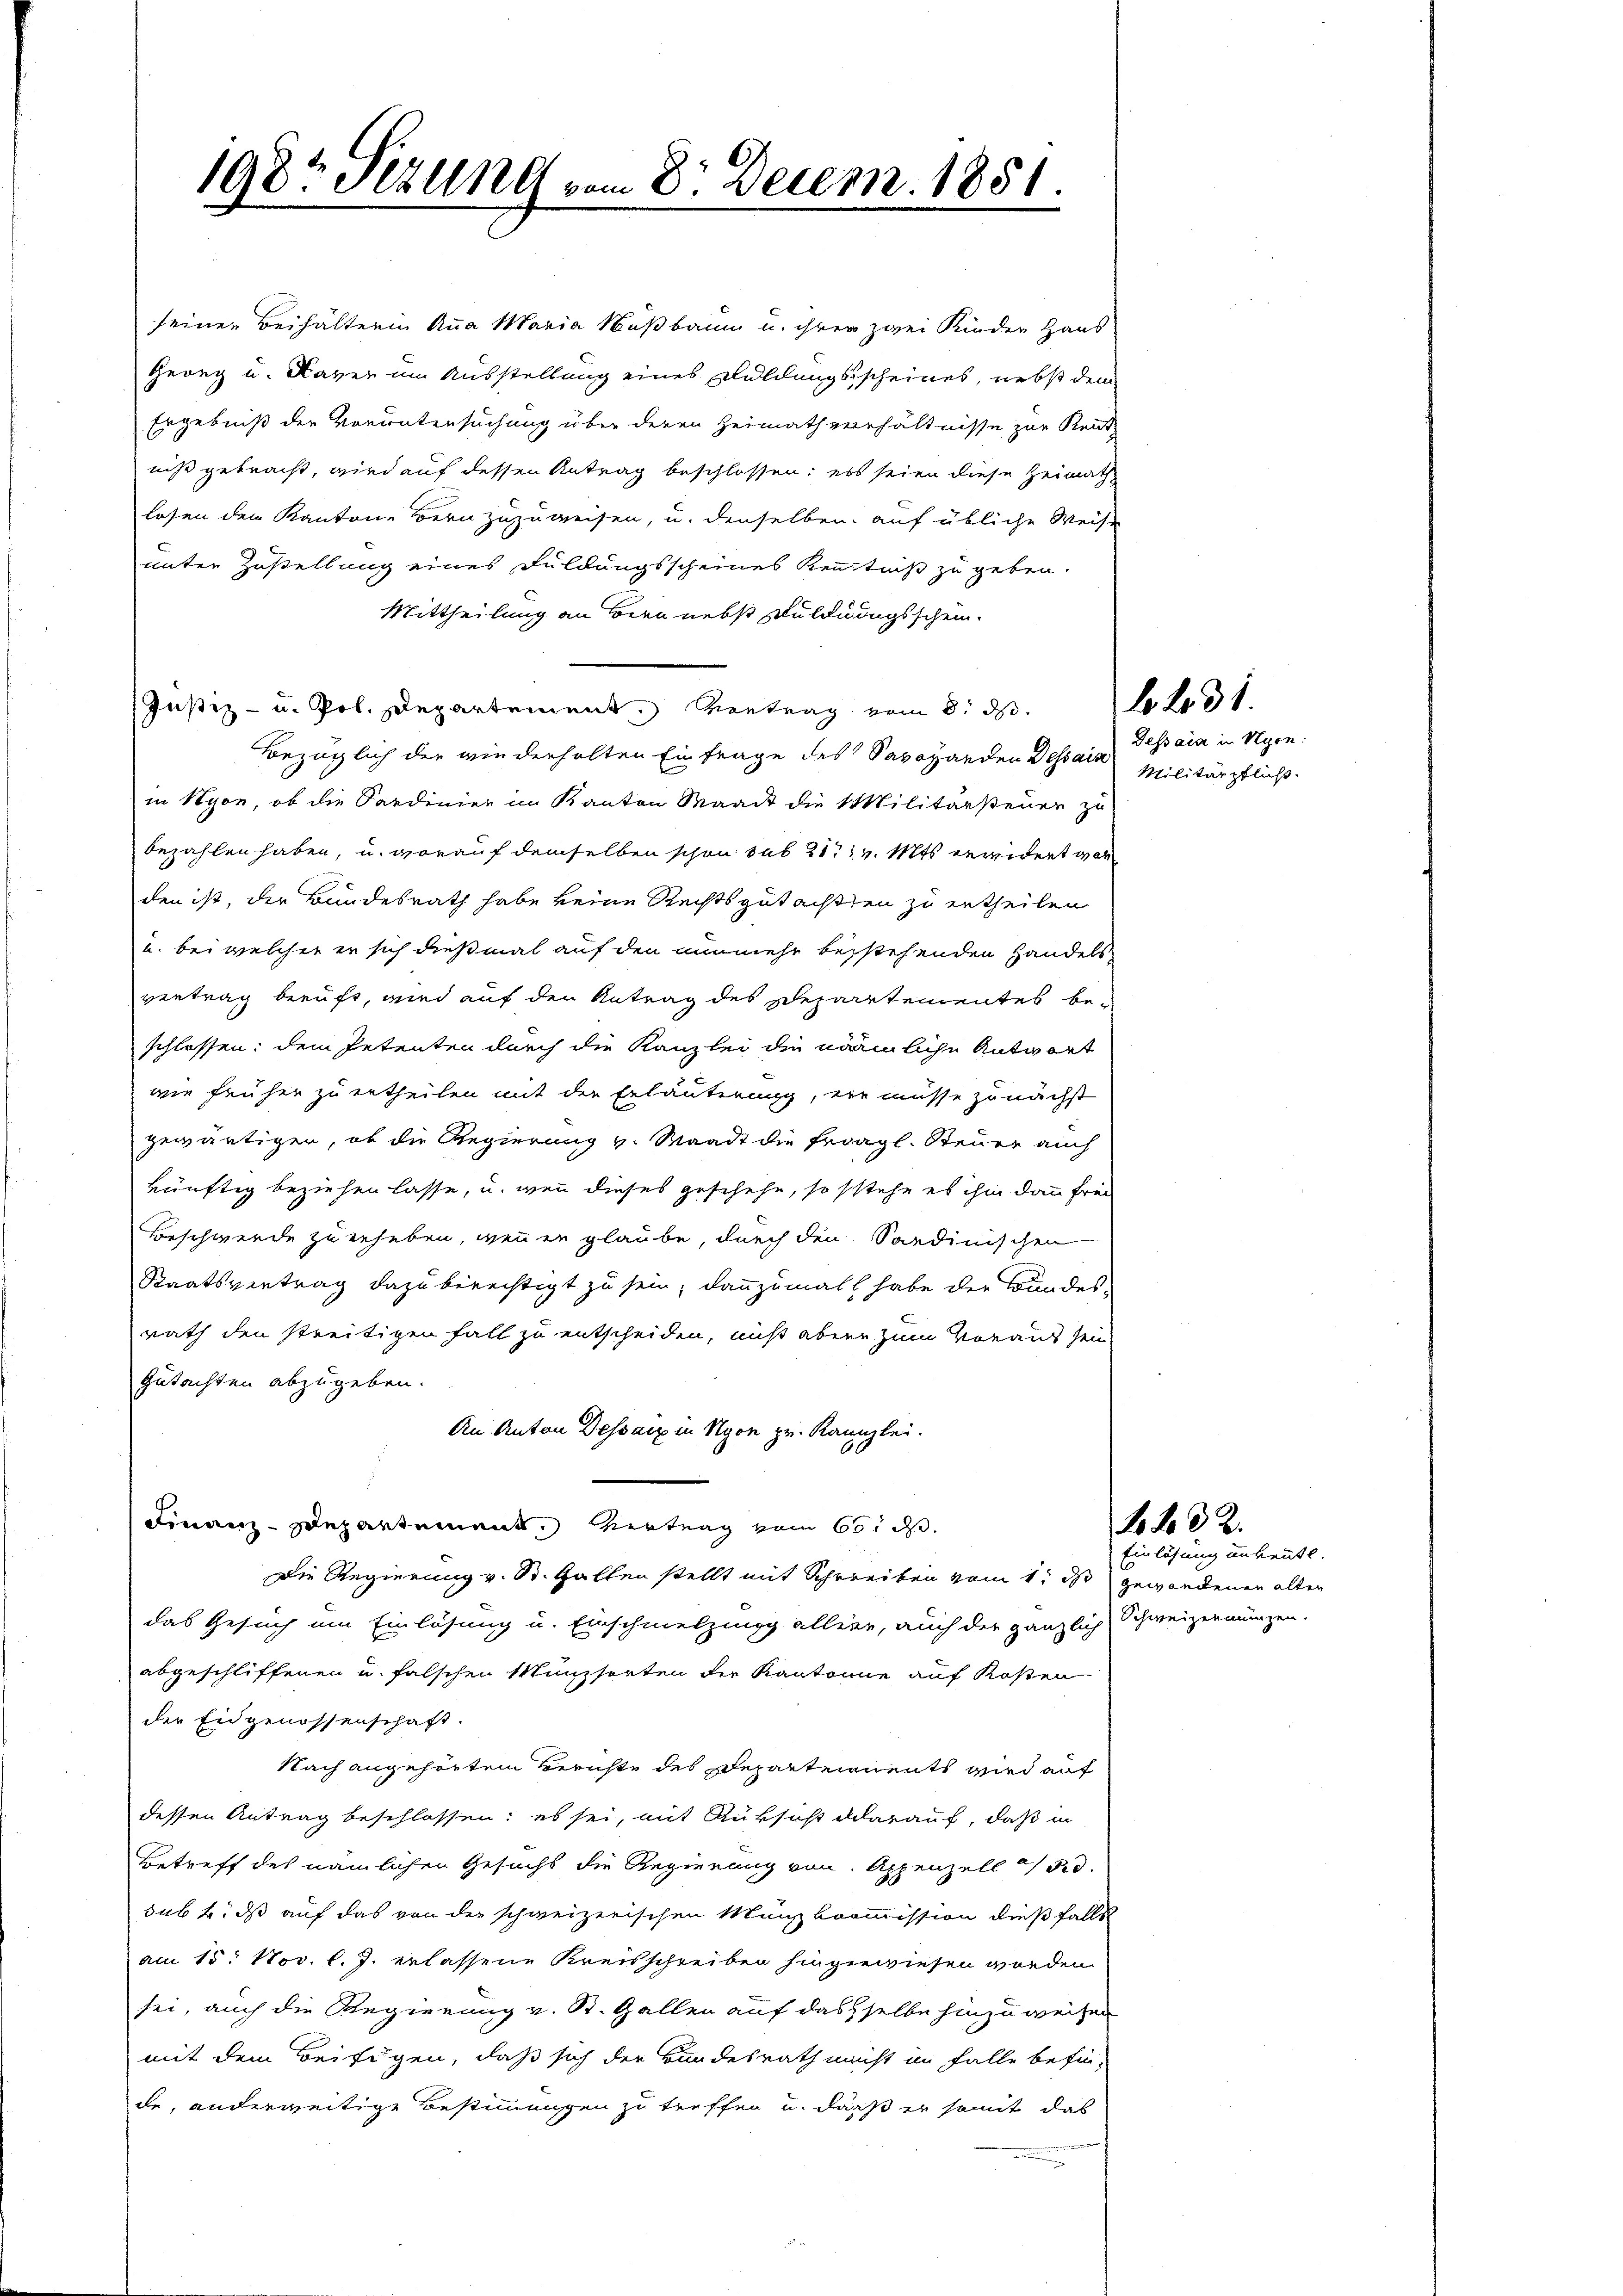
198: Fezung vom 8. Decem. 1851.

seiner Beihälterin Anna Maria Nußbaum u. ihrer zwei Kinder Haus
Georg u. Kaver im Ausstellung eines Duldungsscheines, nebst dem
Ergebniß der Voruntersuchung über deren Heimath verhältnisse zur Rent
niß gebracht, wird auf dessen Antrag beschlossen; ess seien diese Heimath-
losen den Kantone Bern zuzuweisen, u. denselben auf übliche Weise
unter Zustellung eines Fuldungsscheines Kenntniß zu geben.
Mittheilung an Bern nebst Duldungsschein.
Justiz- u. Pol. Departement. Vertrag vom 8. ds.
Bezüglich der wiederholten Einfrage des Savoyarden Dessain
in Nyon, ob die Sardinier im Kanton Waadt die Militärsteuer zu
bezahlen haben, u. worauf demselben schon sub 21. v. Mts. erwidert war
den ist, der Bundesrath habe keine Rechtsgutachten zu ertheilen
u. bei welcher er sich dießmal auf den nunmehr bestehenden Handels
vertrag beruft, wird auf den Antrag des Separtementes beschlossen: dem Petenten durch die Kanzlei die nämliche Antwort
wie früher zu ertheilen mit der Erläuterung, ein müsse zunächst
gewärtigen, ob die Regierung v. Waadt die fragl. Steuer auch
künftig beziehen lasse, u. wenn dieses geschehe, so stehe es ihm dann frei
Beschwerde zu erheben, wenn er glaube, durch den Sardinischen
Staatsvertrag dazu berechtigt zu sein, dannzumal habe der Bundes-
rath den streitigen Fall zu entscheiden, nicht aber zum Voraus sein
Gutachten abzugeben.
An Anton Dessan in Nyon zu. Kanzlei.
Finanz-Departement. Vertrag vom 60. d.
Die Regierung v. St. Gallen stellt mit Schreiben vom 1. ist gewandenen alten
das Gesuch um Einlösung u. Einschmelzung aller, auch der gänzlich Schweizenmünzen.
abgeschliffenen u. falschen Münzsorten der Kantonie auf Kosten
der Eidgenossenschaft.
Nach angehörten Berichte des Departernents wird auf
dessen Antrag beschlossen; es sei, mit Rüksicht darauf, daß in
Betreff des nämlichen Gesuchs die Regierung von Appenzell 150.
sub 6. ds auf das von der schweizerischen Münzkommission dießfalls
am 15. Nov. l. J. erlassene Kreisschreiben hingewiesen worden.
sei, auch die Regierung v. St. Gallen auf dasselbe hinzuweisen
mit dem Beifügen, daß sich der Bundesrath macht im Falle befin-
de, anderweitige Bestimmungen zu treffen u. daß er somit das

Dessaia in Nyon.
Militärpflicht.

b. L. 31.

Einlösung unbeute.

B. L. d. 2.